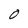
Character: 0